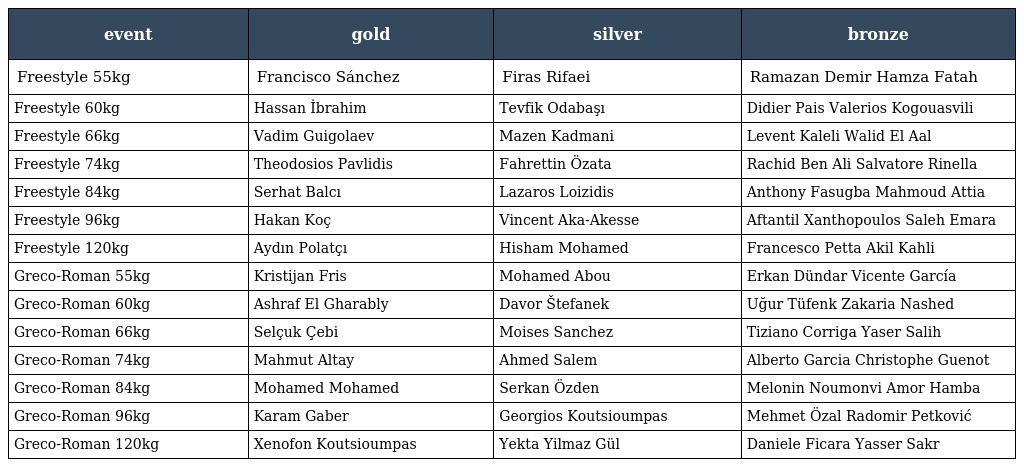
| event | gold | silver | bronze |
 | --- | --- | --- | --- |
 | Freestyle 55kg | Francisco Sánchez | Firas Rifaei | Ramazan Demir Hamza Fatah |
 | Freestyle 60kg | Hassan İbrahim | Tevfik Odabaşı | Didier Pais Valerios Kogouasvili |
 | Freestyle 66kg | Vadim Guigolaev | Mazen Kadmani | Levent Kaleli Walid El Aal |
 | Freestyle 74kg | Theodosios Pavlidis | Fahrettin Özata | Rachid Ben Ali Salvatore Rinella |
 | Freestyle 84kg | Serhat Balcı | Lazaros Loizidis | Anthony Fasugba Mahmoud Attia |
 | Freestyle 96kg | Hakan Koç | Vincent Aka-Akesse | Aftantil Xanthopoulos Saleh Emara |
 | Freestyle 120kg | Aydın Polatçı | Hisham Mohamed | Francesco Petta Akil Kahli |
 | Greco-Roman 55kg | Kristijan Fris | Mohamed Abou | Erkan Dündar Vicente García |
 | Greco-Roman 60kg | Ashraf El Gharably | Davor Štefanek | Uğur Tüfenk Zakaria Nashed |
 | Greco-Roman 66kg | Selçuk Çebi | Moises Sanchez | Tiziano Corriga Yaser Salih |
 | Greco-Roman 74kg | Mahmut Altay | Ahmed Salem | Alberto Garcia Christophe Guenot |
 | Greco-Roman 84kg | Mohamed Mohamed | Serkan Özden | Melonin Noumonvi Amor Hamba |
 | Greco-Roman 96kg | Karam Gaber | Georgios Koutsioumpas | Mehmet Özal Radomir Petković |
 | Greco-Roman 120kg | Xenofon Koutsioumpas | Yekta Yilmaz Gül | Daniele Ficara Yasser Sakr |